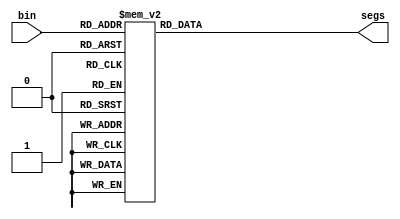
`timescale 1ns / 1ps

`define SS_0 8'b00000011
`define SS_1 8'b10011111
`define SS_2 8'b00100101
`define SS_3 8'b00001101
`define SS_4 8'b10011001
`define SS_5 8'b01001001
`define SS_6 8'b01000001
`define SS_7 8'b00011111
`define SS_8 8'b00000001
`define SS_9 8'b00001001

module SSDdisplay_2bitBCD(
    segs, 
    bin
);
output reg[7:0] segs; 
input [3:0] bin;

always @* begin
    case (bin)
        4'd0: begin
            segs = `SS_0;
        end
        4'd1: begin
            segs = `SS_1;
        end
        4'd2: begin
            segs = `SS_2;
        end
        4'd3: begin
            segs = `SS_3;
        end
        4'd4: begin
            segs = `SS_4;
        end
        4'd5: begin
            segs = `SS_5;
        end
        4'd6: begin
            segs = `SS_6;
        end
        4'd7: begin
            segs = `SS_7;
        end
        4'd8: begin
            segs = `SS_8;
        end
        4'd9: begin
            segs = `SS_9;
        end
        default: segs = 8'b0000000;
    endcase
end
endmodule